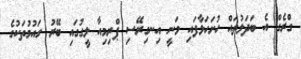
ގްރެގް އެ ބަދަލުތައް ހުށަހަޅާފައި ވަނީ އިނގިރޭސި ޕްރިމިއާ ލީގުގައި ބޭރު ގައުމުތަކުގެ